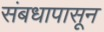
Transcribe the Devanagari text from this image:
संबधापासून